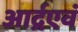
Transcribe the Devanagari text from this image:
आर्द्रएवं